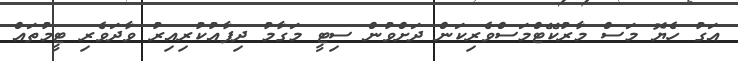
އަގު ހެޔޮ މަސް މާރުކޭޓްމަސްވެރިކަން ދަށްވުން ސިޓީ މަގާމު ދިފާއުކުރިއިރު ވާދަވެރި ޓީމުތައް